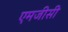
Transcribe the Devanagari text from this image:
एमजीसी